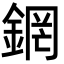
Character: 龬